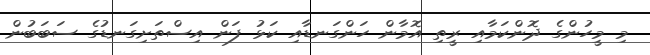
މި މީހުންގެ ދޮންކަމާއި ރީތި އޮމާން ހަންގަނޑާއި ކަޅު ފަން އިސްތަށިގަނޑުގެ ސަބަބުން